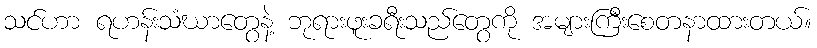
သင်ဟာ ရဟန်းသံဃာတွေနဲ့ ဘုရားဖူးခရီးသည်တွေကို အများကြီးစေတနာထားတယ်။